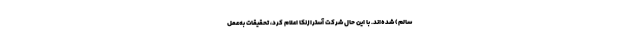
سالم) شده‌اند. با این حال شرکت آسترازنکا اعلام کرد، تحقیقات به‌عمل